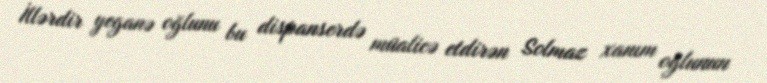
İllərdir yeganə oğlunu bu dispanserdə müalicə etdirən Solmaz xanım oğlunun